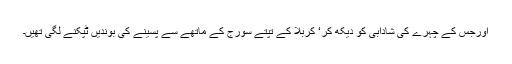
اورجس کے چہرے کی شادابی کو دیکھ کر‘ کربلا کے تپتے سورج کے ماتھے سے پسینے کی بوندیں ٹپکنے لگی تھیں۔